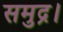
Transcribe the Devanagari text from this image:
समुद्र।